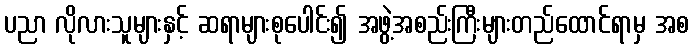
ပညာ လိုလားသူများနှင့် ဆရာများစုပေါင်း၍ အဖွဲ့အစည်းကြီးများတည်ထောင်ရာမှ အစ